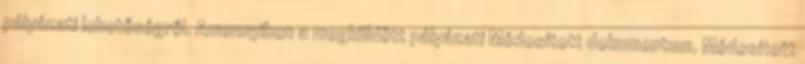
pályázati lehetőségről. Amennyiben a megküldött pályázati Módosított dokumentum. Módosított